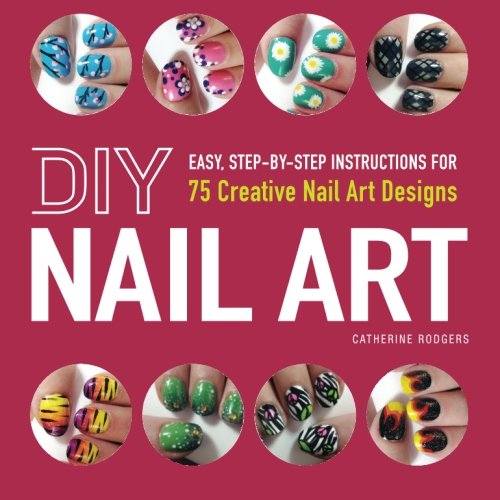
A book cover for DIY Nail Art: Easy, Step-by-Step Instructions for 75 Creative Nail Art Designs; Catherine Rodgers; Crafts, Hobbies & Home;